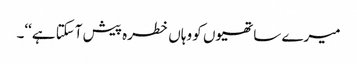
میرے ساتھیوں کو وہاں خطرہ پیش آسکتا ہے‘‘۔